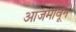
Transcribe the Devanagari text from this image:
आजमावून